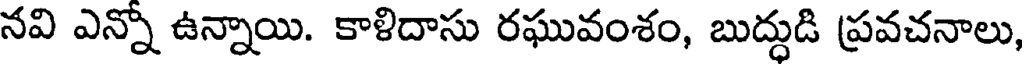
నవి ఎన్నో ఉన్నాయి. కాళిదాసు రఘువంశం, బుద్ధుడి ప్రవచనాలు,